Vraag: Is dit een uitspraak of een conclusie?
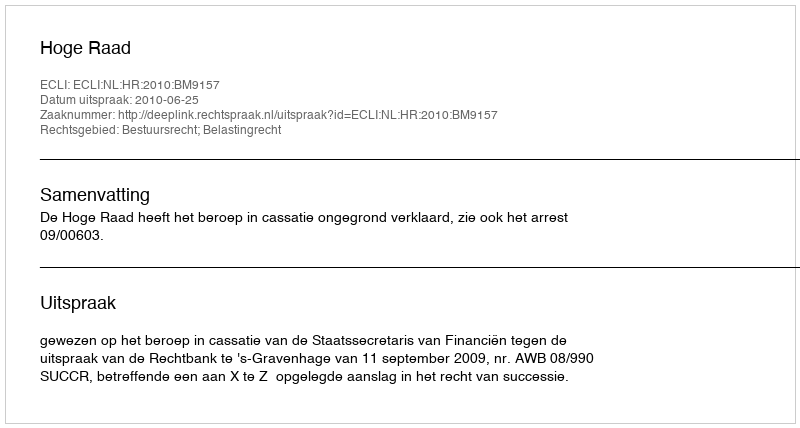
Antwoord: Uitspraak